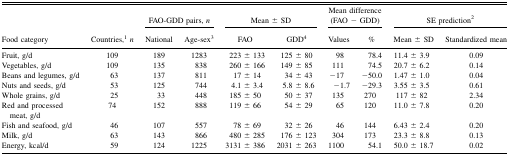
|  |  | <COLSPAN=2> FAO-GDD pairs, n | <COLSPAN=2> Mean ± SD | <COLSPAN=2> Mean difference (FAO − GDD) | <COLSPAN=2> SE prediction2 |
 | Food category | Countries,1n | National | Age-sex3 | FAO | GDD4 | Values | % | Mean ± SD | Standardized mean |
 | --- | --- | --- | --- | --- | --- | --- | --- | --- | --- |
 | Fruit, g/d | 109 | 189 | 1283 | 223 ± 133 | 125 ± 80 | 98 | 78.4 | 11.4 ± 3.9 | 0.09 |
 | Vegetables, g/d | 109 | 135 | 838 | 260 ± 166 | 149 ± 85 | 111 | 74.5 | 20.7 ± 6.2 | 0.14 |
 | Beans and legumes, g/d | 63 | 137 | 811 | 17 ± 14 | 34 ± 43 | −17 | −50.0 | 1.47 ± 1.0 | 0.04 |
 | Nuts and seeds, g/d | 53 | 125 | 744 | 4.1 ± 3.4 | 5.8 ± 8.6 | −1.7 | −29.3 | 3.55 ± 3.5 | 0.61 |
 | Whole grains, g/d | 25 | 33 | 448 | 185 ± 50 | 50 ± 37 | 135 | 270 | 117 ± 82 | 2.34 |
 | Red and processed meat, g/d | 74 | 152 | 888 | 119 ± 66 | 54 ± 29 | 65 | 120 | 11.0 ± 7.8 | 0.20 |
 | Fish and seafood, g/d | 46 | 107 | 557 | 78 ± 69 | 32 ± 26 | 46 | 144 | 6.43 ± 2.4 | 0.20 |
 | Milk, g/d | 63 | 143 | 866 | 480 ± 285 | 176 ± 123 | 304 | 173 | 23.3 ± 8.8 | 0.13 |
 | Energy, kcal/d | 59 | 124 | 1225 | 3131 ± 386 | 2031 ± 263 | 1100 | 54.1 | 50.0 ± 18.7 | 0.02 |